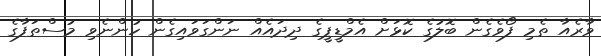
ވާރެއާ ތެމި ފޯވެގެން ބޮލުގެ ކޮޅަށް އެމްޑީޕީގެ ދިދައެއް ނަންގަވައިގެން ހުންނެވި މުސްތަފާގެ